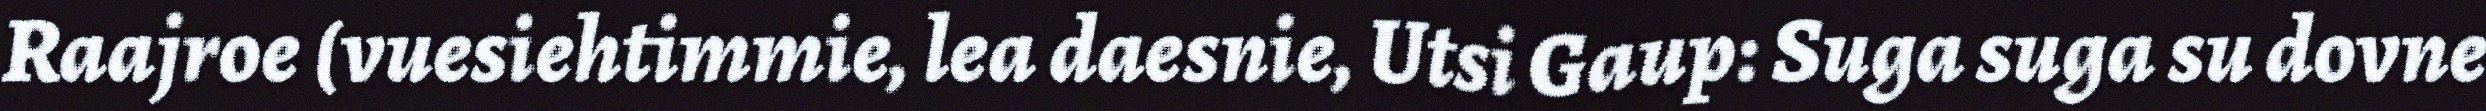
Raajroe (vuesiehtimmie, lea daesnie, Utsi Gaup: Suga suga su dovne